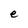
Character: e